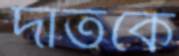
দাঁতকে